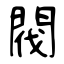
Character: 閥